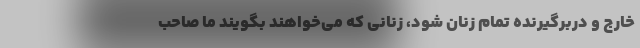
خارج و دربرگیرنده تمام زنان شود، زنانی که می‌خواهند بگویند ما صاحب